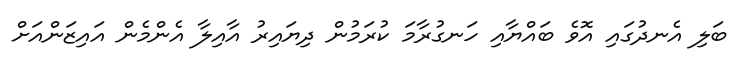
ބަލި އެނދުގައި އޮވެ ބައްޔާއި ހަނގުރާމަ ކުރަމުން ދިޔައިރު އާއިލާ އެންމެން އައިޒަންއަށް